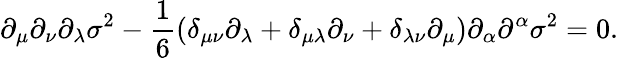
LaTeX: \partial_{\mu}\partial_{\nu}\partial_{\lambda}\sigma^{2}-\frac{1}{6}(\delta_{\mu\nu}\partial_{\lambda}+\delta_{\mu\lambda}\partial_{\nu}+\delta_{\lambda\nu}\partial_{\mu})\partial_{\alpha}\partial^{\alpha}\sigma^{2}=0.